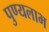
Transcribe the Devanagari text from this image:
पुण्यलाभ